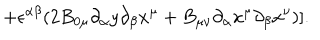
LaTeX: \hspace { 2 0 m m } + \epsilon ^ { \alpha \beta } ( 2 B _ { 0 \mu } { \partial _ { \alpha } } { y } { \partial _ { \beta } } { x ^ { \mu } } + B _ { \mu \nu } { \partial _ { \alpha } } { x ^ { \mu } } { \partial _ { \beta } } { x ^ { \nu } } ) ] .